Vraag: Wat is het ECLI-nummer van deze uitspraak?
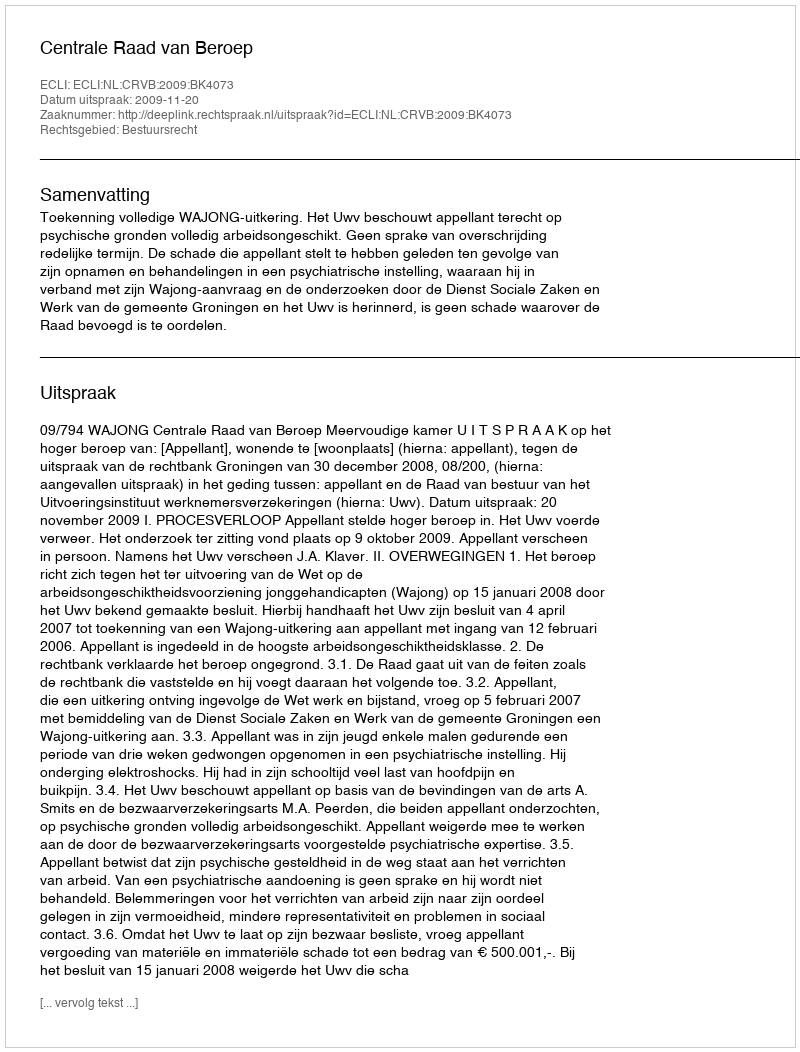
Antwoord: ECLI:NL:CRVB:2009:BK4073